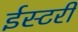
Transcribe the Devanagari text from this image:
ईस्टरी